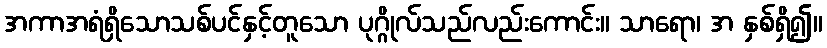
အကာအရံရှိသောသစ်ပင်နှင့်တူသော ပုဂ္ဂိုလ်သည်လည်းကောင်း။ သာရော၊ အ နှစ်ရှိ၍။